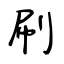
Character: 刷